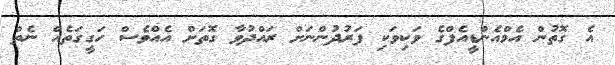
އެ ގޮތުން އެމްއެންޑީއެފްގެ ވަކިވަކި ފަރުދުންނަށް ރައްދުވާ ގޮތަށް އެއްވެސް ހަގީގަތެއް ނެތް